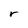
Character: r